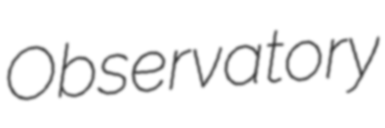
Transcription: Observatory